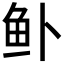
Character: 𱇎